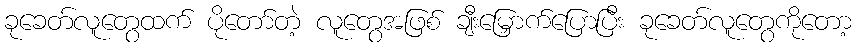
ခုခေတ်လူတွေထက် ပိုတော်တဲ့ လူတွေအဖြစ် ချီးမြှောက်ပြောပြီး ခုခေတ်လူတွေကိုတော့